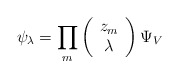
\begin{align*}\psi_\lambda = \prod_m \left( \begin{array}{c} z_m \\ \lambda \end{array}\right) \Psi_V \end{align*}